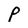
Character: p